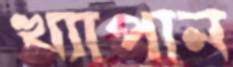
খ্যাপান